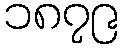
၁၈၇၉